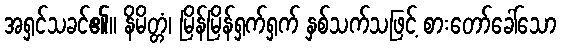
အရှင်သခင်၏။ နိမိတ္တံ၊ မြိန်မြိန်ရှက်ရှက် နှစ်သက်သဖြင့် စားတော်ခေါ်သော